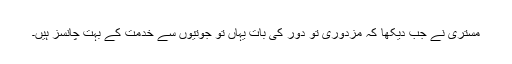
مستری نے جب دیکھا کہ مزدوری تو دور کی بات یہاں تو جوتیوں سے خدمت کے بہت چانسز ہیں۔